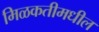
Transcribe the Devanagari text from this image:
मिळकतीमधील